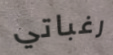
رغباتي